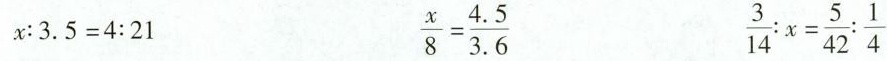
x：3.5=4:21 $$\frac{x}{8}= \frac{4.5}{3.6}$$ $$\frac{3}{14}:x= \frac{5}{42}: \frac{1}{4}$$